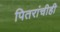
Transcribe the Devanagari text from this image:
पितरांचीही